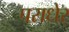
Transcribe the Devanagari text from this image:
पराधेर्